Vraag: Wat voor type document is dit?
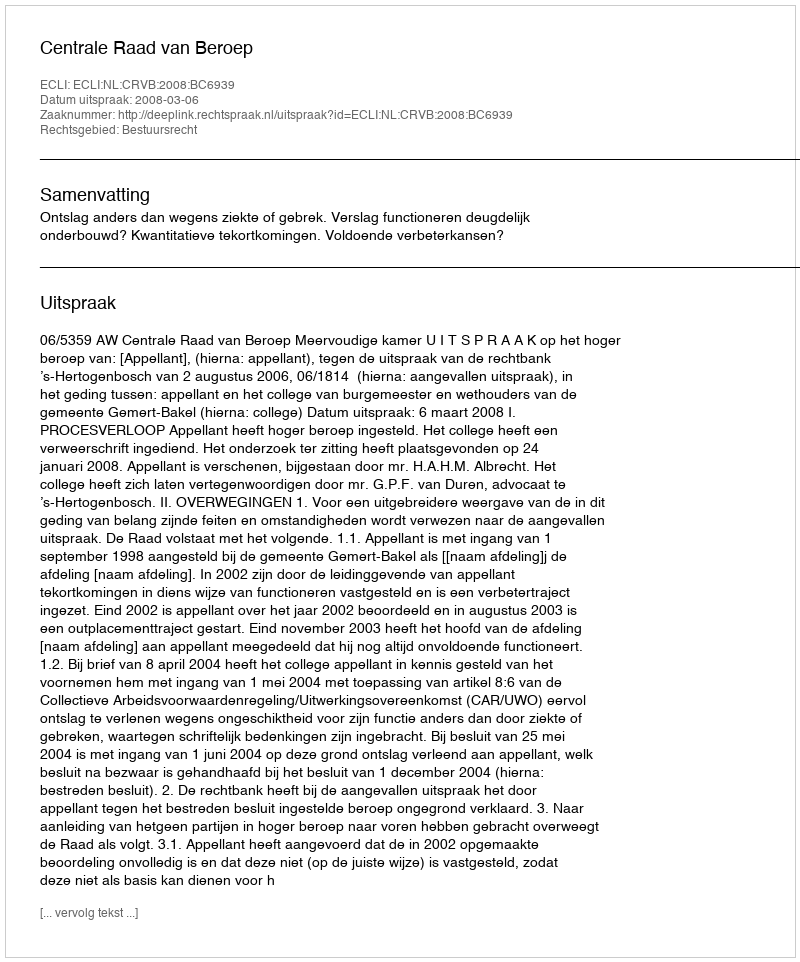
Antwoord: Uitspraak